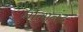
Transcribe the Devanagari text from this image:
गोलानंद